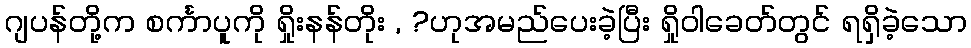
ဂျပန်တို့က စင်္ကာပူကို ရှိုးနန်တိုး , ?ဟုအမည်ပေးခဲ့ပြီး ရှိုဝါခေတ်တွင် ရရှိခဲ့သော